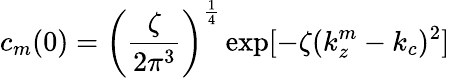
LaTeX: c_{m}(0)=\left(\frac{\zeta}{2\pi^{3}}\right)^{\frac{1}{4}}\exp[-\zeta(k_{z}^{m}-k_{c})^{2}]